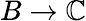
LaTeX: B\rightarrow\mathbb{C}